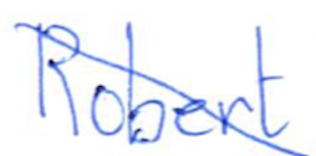
Text: Robert
Cross-out: diagonal
Writing tool: ballpoint